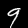
Digit: 9